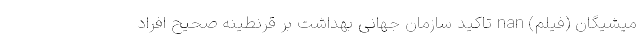
میشیگان (فیلم) nan تاکید سازمان جهانی بهداشت بر قرنطینه صحیحِ افراد